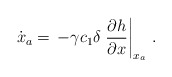
\begin{align*}\dot{{x}}_a = \, -\gamma c_1 \delta \left.\dfrac{\partial h}{\partial x}\right|_{{x}_a}\,. \end{align*}